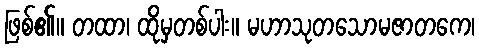
ဖြစ်၏။ တထာ၊ ထိုမှတစ်ပါး။ မဟာသုတသောမဇာတကေ၊